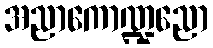
အညာကောဏ္ဍညော